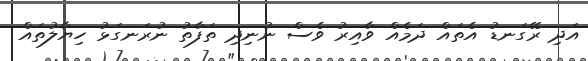
އަދި ރޭގަނޑު އެތައް ދަމެއް ވާއިރު ވެސް ނުނިދި ތަފާތު ނުރަނގަޅު ހިޔާލުތައް